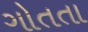
ગોતતા